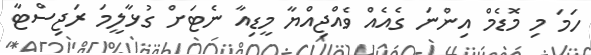
ހަމަ މި މޮޑެމް އިންނަ ގެއެއް ވެއްޖިއްޔާ މީޑިއާ ނެޓަށް ގުޅާލީމަ ރަޖިސްޓާ